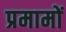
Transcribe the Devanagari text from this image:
प्रमामों